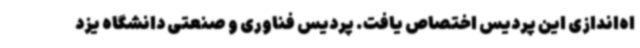
اه‌اندازی این پردیس اختصاص یافت. پردیس فناوری و صنعتی دانشگاه یزد